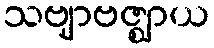
သဗျာဗဇ္ဈာယ